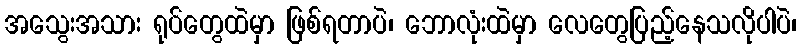
အသွေးအသား ရုပ်တွေထဲမှာ ဖြစ်ရတာပဲ၊ ဘောလုံးထဲမှာ လေတွေပြည့်နေသလိုပါပဲ၊